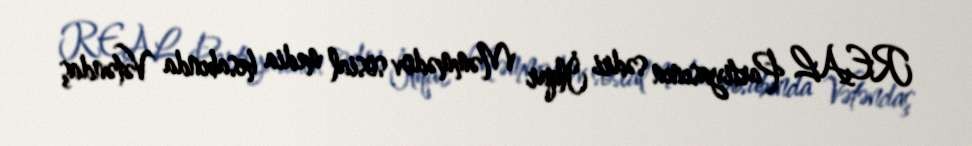
REAL Partiyasının sədri İlqar Məmmədov sosial media hesabında Vətəndaş